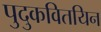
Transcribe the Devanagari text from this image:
पुदुकवितयिन